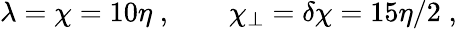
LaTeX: \lambda=\chi=10\eta\; ,\qquad\chi_{\perp}=\delta\chi=15\eta/2\; ,